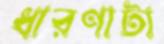
ধারণাটা